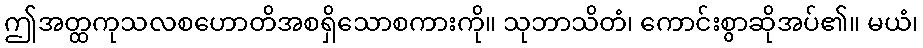
ဤအတ္ထကုသလစဟောတိအစရှိသောစကားကို။ သုဘာသိတံ၊ ကောင်းစွာဆိုအပ်၏။ မယံ၊